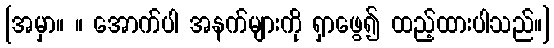
[အမှာ။ ။ အောက်ပါ အနက်များကို ရှာဖွေ၍ ထည့်ထားပါသည်။]